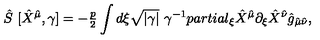
\hat { S } \ [ \hat { X } ^ { \hat { \mu } } , \gamma ] = - { \textstyle \frac { p } { 2 } } \int d \xi \sqrt { | \gamma | } \ \gamma ^ { - 1 } p a r t i a l _ { \xi } \hat { X } ^ { \hat { \mu } } \partial _ { \xi } \hat { X } ^ { \hat { \nu } } \hat { g } _ { \hat { \mu } \hat { \nu } } ,